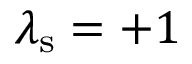
\lambda _ { \mathrm { s } } = + 1